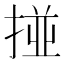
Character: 掽